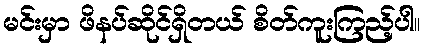
မင်းမှာ ဖိနပ်ဆိုင်ရှိတယ် စိတ်ကူးကြည့်ပါ။